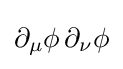
\partial _{\mu }\phi \,\partial _{\nu }\phi